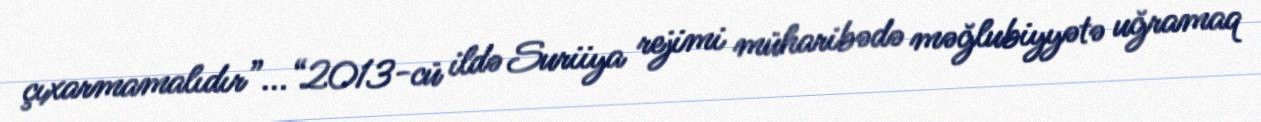
çıxarmamalıdır”...“2013-cü ildə Suriiya rejimi müharibədə məğlubiyyətə uğramaq